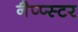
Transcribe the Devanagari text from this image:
नैप्प्स्टर